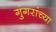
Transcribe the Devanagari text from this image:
गुंगरांच्या